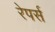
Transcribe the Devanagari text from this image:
रेपर्स